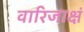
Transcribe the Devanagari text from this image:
वारिजाक्षं